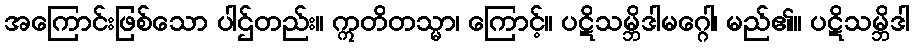
အကြောင်းဖြစ်သော ပါဌ်တည်း။ ဣတိတသ္မာ၊ ကြောင့်။ ပဋိသမ္ဘိဒါမဂ္ဂေါ၊ မည်၏။ ပဋိသမ္ဘိဒါ